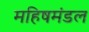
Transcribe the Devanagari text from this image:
महिषमंडल